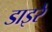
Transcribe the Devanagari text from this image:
डाइरे